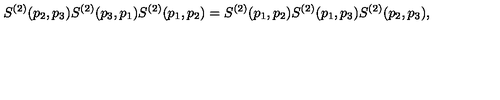
S ^ { ( 2 ) } ( p _ { 2 } , p _ { 3 } ) S ^ { ( 2 ) } ( p _ { 3 } , p _ { 1 } ) S ^ { ( 2 ) } ( p _ { 1 } , p _ { 2 } ) = S ^ { ( 2 ) } ( p _ { 1 } , p _ { 2 } ) S ^ { ( 2 ) } ( p _ { 1 } , p _ { 3 } ) S ^ { ( 2 ) } ( p _ { 2 } , p _ { 3 } ) ,